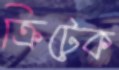
ক্রিটেক